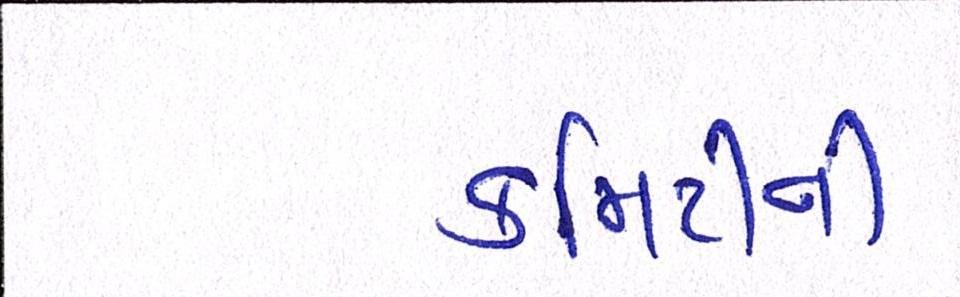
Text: કમિટીની